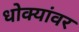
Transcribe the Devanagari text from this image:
धोक्यांवर